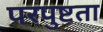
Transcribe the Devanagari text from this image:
परपुष्टता